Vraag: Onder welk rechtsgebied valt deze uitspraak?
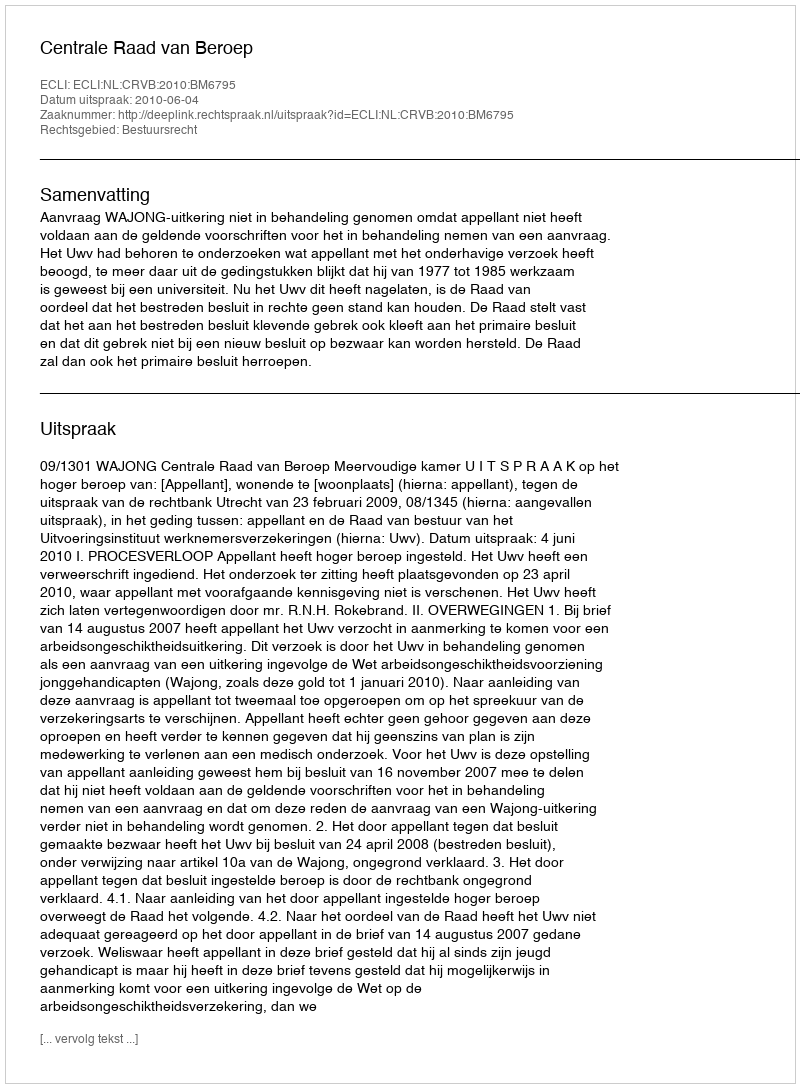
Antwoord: Bestuursrecht